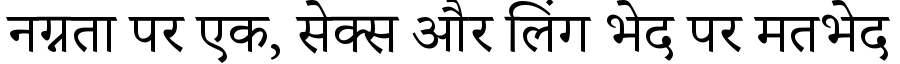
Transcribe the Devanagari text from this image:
नग्नता पर एक, सेक्स और लिंग भेद पर मतभेद